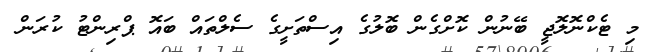
މި ޓެކްނޮލޮޖީ ބޭނުން ކޮށްގެން ބޮލުގެ އިސްތަށީގެ ސެލްތައް ބައޮ ޕްރިންޓު ކުރަން